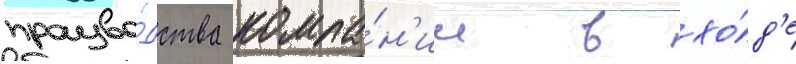
произво́дства компа́н'ии в хо́д'е